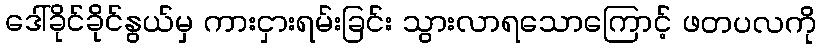
ဒေါ်ခိုင်ခိုင်နွယ်မှ ကားငှားရမ်းခြင်း သွားလာရသောကြောင့် ဖတပလကို